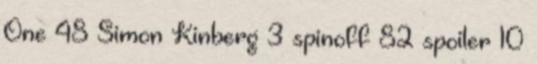
One 48 Simon Kinberg 3 spinoff 82 spoiler 10